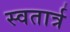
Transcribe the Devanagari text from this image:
स्वतार्त्र